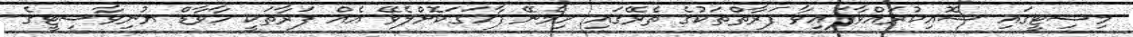
މިސިޓީގައި ސޮއިކުރައްވާފައިވާ ފަރާތްތަކުގެ ތެރޭގައި ހިމެނޭ ފާހަގަކޮށްލެވޭ އެއް ފަރާތަކީ ހާވާޑް ޔުނިވާސިޓީގެ